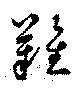
難